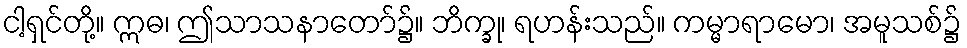
ငါ့ရှင်တို့။ ဣဓ၊ ဤသာသနာတော်၌။ ဘိက္ခု၊ ရဟန်းသည်။ ကမ္မာရာမော၊ အမူသစ်၌